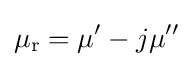
\mu _{\mathrm {r} }=\mu ^{\prime }-j\mu ^{\prime \prime }